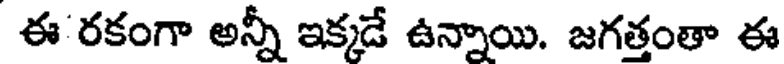
ఈ రకంగా అన్నీ ఇక్కడే ఉన్నాయి. జగత్తంతా ఈ